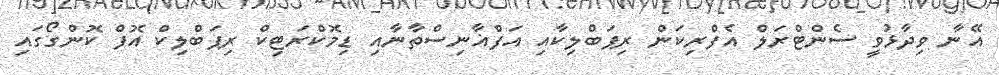
އޭނާ ވިދާޅުވީ ސެންޓްރަލް އެފްރިކަން ރިޕަބްލިކާއި އަފްޣާނިސްތާނާއި ޑިމޮކްރަޓިކް ރިޕަބްލިކް އޮފް ކޮންގޯގައި